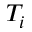
T _ { i }